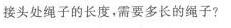
接头处绳子的长度。需要多长的绳子?